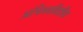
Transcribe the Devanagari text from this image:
अभिनयविरहित